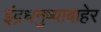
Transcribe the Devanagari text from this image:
इंद्रधनुष्याबाहेर